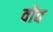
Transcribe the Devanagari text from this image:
वोव